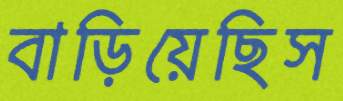
বাড়িয়েছিস